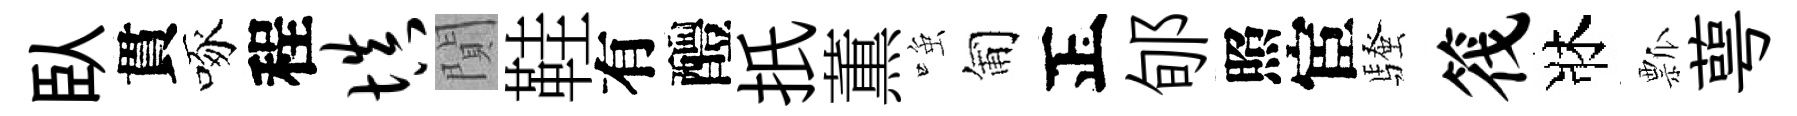
臥貫啄程填閴鞋有醴扺薫𫪻匍正郇照宦騷筏牀瓢萼